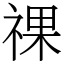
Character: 祼